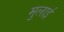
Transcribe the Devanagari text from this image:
मुलाई